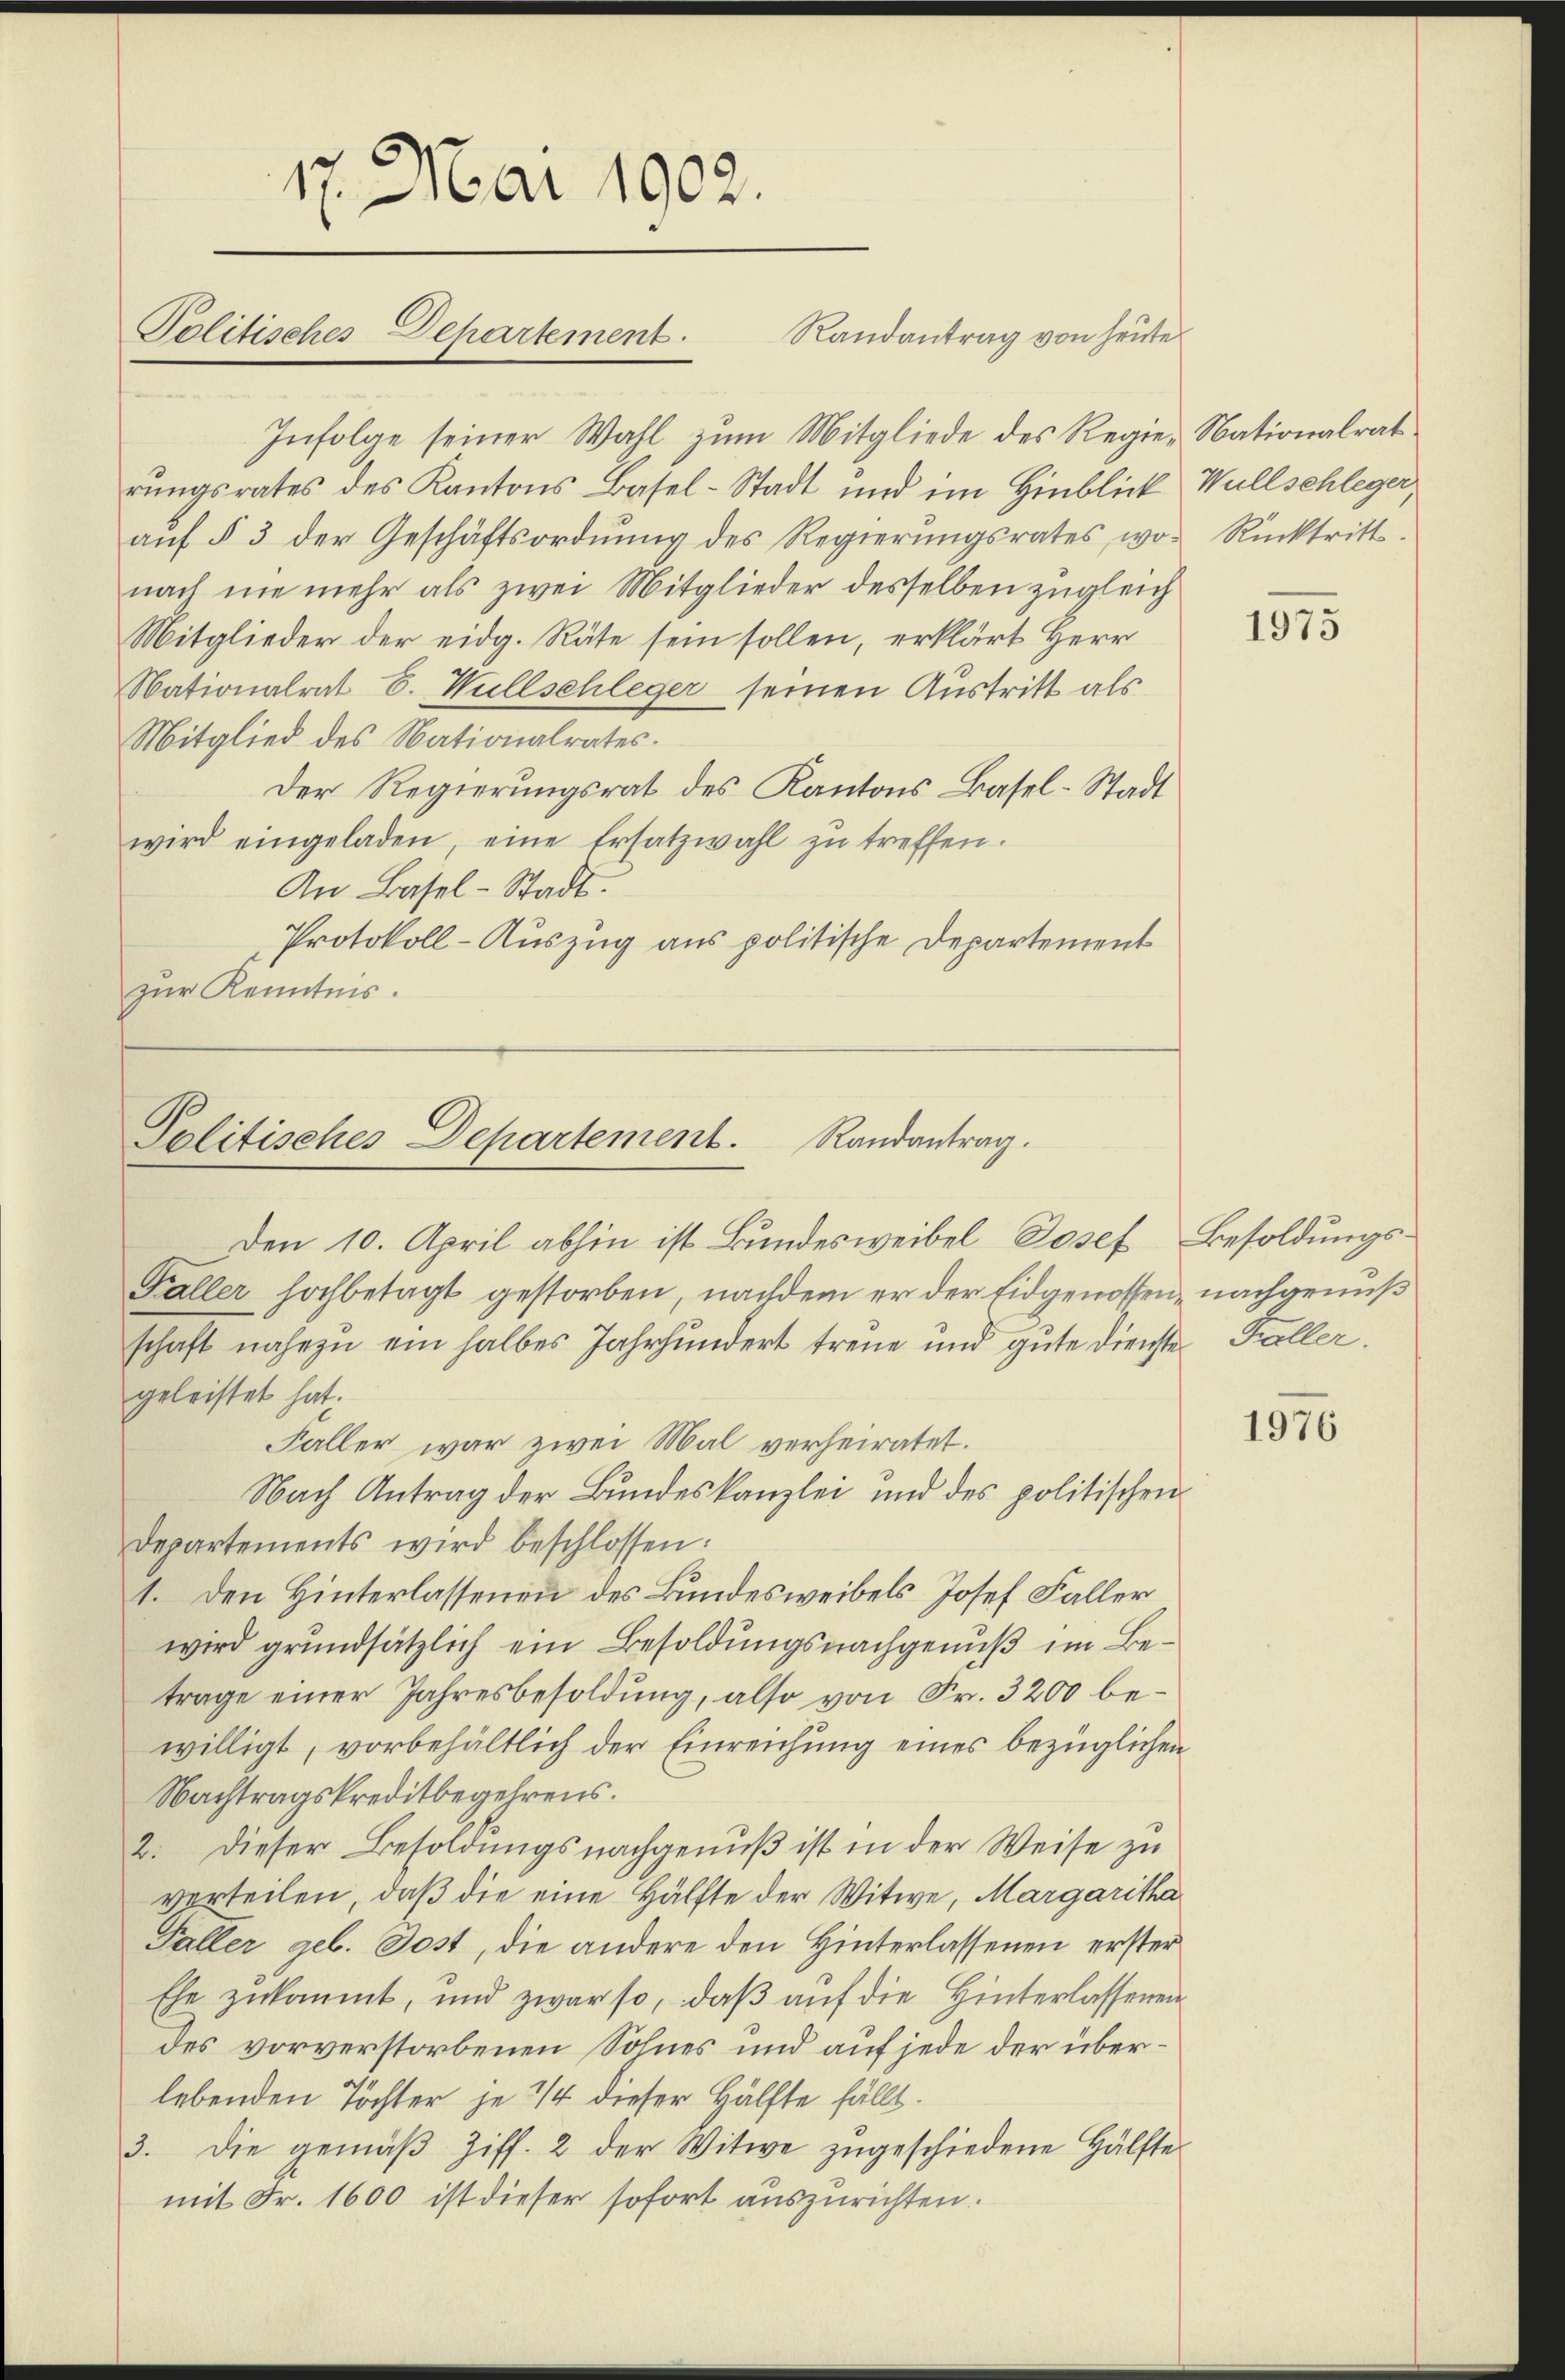
Infolge seiner Wahl zum Mitgliede des Regie-Nationalrat
rungsrates des Kantons Basel-Stadt und im Hinblick Wullschleger,
aŭf § 3 der Geschäftsordnung des Regierungsrates, wo Rücktritt.
nach nie mehr als zwei Mitglieder desselben zugleich
Mitglieder der eidg. Räte sein sollen, erklärt Herr
Nationalrat S. Wullschleger seinen Austritt als
Mitglied des Nationalrates.
Der Regierungsrat des Kantons Basel-Stadt
wird eingeladen, eine Ersatzwahl zŭ treffen.
An Basel-Stadt.
Protokoll-Auszug aus politische Departement
zur Kenntnis.

17. Mai 1902.
Politisches Departement
Randantrag von heute

Politisches Departement. Randantrag.

Den 10. April abhin ist Bundesweibel Josef
Faller hochbetagt gestorben, nachdem er der Eidgenossen, nachgenuß
schaft nahezu ein halbes Jahrhundert treue und gute dienste Faller.
geleistet hat.
Faller war zwei Mal verheiratet.
Nach Antrag der Bundeskanzlei und des politischen
Departements wird beschlossen:
1. Den Hinterlassenen des Bundesweibels Josef Faller
wird grundsätzlich ein Besoldungsnachgenuß im Betrage einer Jahresbesoldung, also von Fr. 3200 bewilligt, vorbehältlich der Einreichung eines bezüglichen
Nachtragskreditbegehrens.
2. dieser Besoldungsnachgenuß ist in der Weise zu
verteilen, daß die eine Hälfte der Witwe, Margaritha
Faller geb. Jost, die andere den Hinterlassenen erster
Ehe zukommt, und zwar so, daß auf die Hinterlassenen
des vorverstorbenen Sohnes und auf jede der überlebenden Töchter je 14 dieser Hälfte fällt.
3. Die gemäβ Ziff. 2 der Witwe zugeschiedene Hälfte
mit Fr. 1600 ist dieser sofort auszurichten.

1975

Besoldungs¬

1976